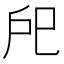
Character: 戺